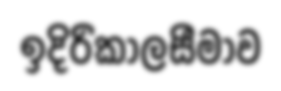
ඉදිරිකාලසීමාව